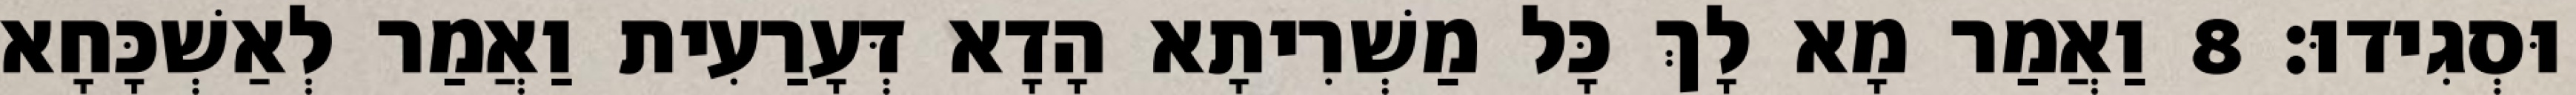
וּסְגִידוּ׃ 8 וַאֲמַר מָא לָךְ כָּל מַשְׁרִיתָא הָדָא דְּעָרַעִית וַאֲמַר לְאַשְׁכָּחָא